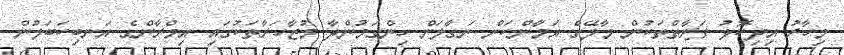
މިހާރު އިދިކޮޅު ފަރާތްތަކުން މާލޭގެ އަމާންކަން ނަގާލަން ހިންގަމުންދާ މުޒާހަރާތަކުގައި އިމްރާންގެ އަނބިކަބަލުން